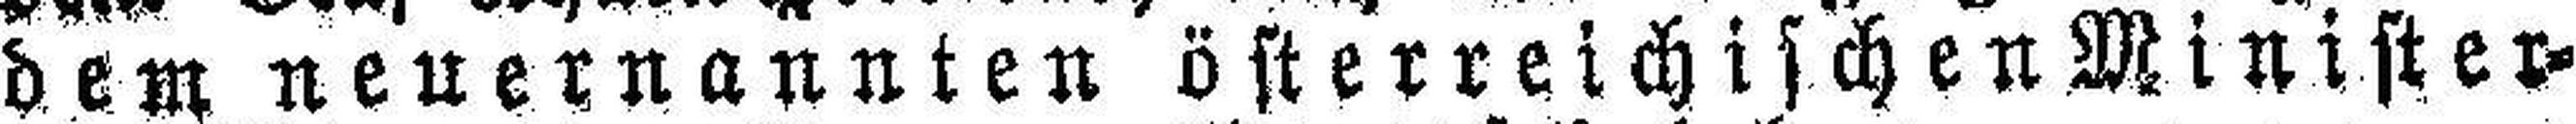
dem neuernannten österreichischen Minister¬